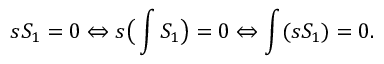
s S _ { 1 } = 0 \Leftrightarrow s \big ( \int { \cal S } _ { 1 } \big ) = 0 \Leftrightarrow \int ( s { \cal S } _ { 1 } ) = 0 .